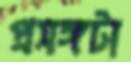
প্রসঙ্গটা